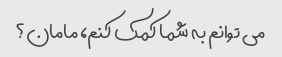
می توانم به شما کمک کنم، مامان؟